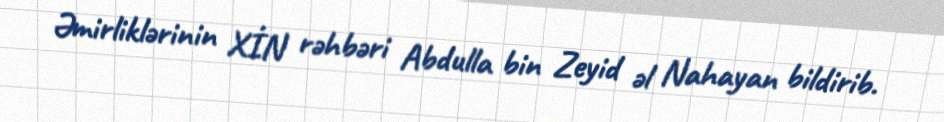
Əmirliklərinin XİN rəhbəri Abdulla bin Zeyid əl Nahayan bildirib.